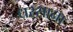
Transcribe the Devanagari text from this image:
धरसाना